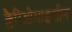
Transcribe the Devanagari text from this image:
क्लैरिथ्रोमाइसीन